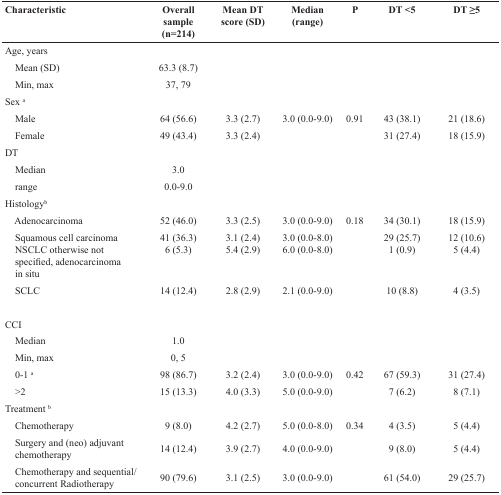
<table><thead><tr><td><b>Characteristic</b></td><td><b>Overall sample (n=214)</b></td><td><b>Mean DT score (SD)</b></td><td><b>Median (range)</b></td><td><b>P</b></td><td><b>DT &lt;5</b></td><td><b>DT ≥5</b></td></tr></thead><tbody><tr><td colspan="7">Age, years</td></tr><tr><td> Mean (SD)</td><td>63.3 (8.7)</td><td></td><td></td><td></td><td></td><td></td></tr><tr><td> Min, max</td><td>37, 79</td><td></td><td></td><td></td><td></td><td></td></tr><tr><td colspan="7">Sex <sup>a</sup></td></tr><tr><td> Male</td><td>64 (56.6)</td><td>3.3 (2.7)</td><td>3.0 (0.0-9.0)</td><td>0.91</td><td>43 (38.1)</td><td>21 (18.6)</td></tr><tr><td> Female</td><td>49 (43.4)</td><td>3.3 (2.4)</td><td></td><td></td><td>31 (27.4)</td><td>18 (15.9)</td></tr><tr><td colspan="7">DT</td></tr><tr><td> Median</td><td>3.0</td><td></td><td></td><td></td><td></td><td></td></tr><tr><td> range</td><td>0.0-9.0</td><td></td><td></td><td></td><td></td><td></td></tr><tr><td colspan="7">Histology<sup>b</sup></td></tr><tr><td> Adenocarcinoma</td><td>52 (46.0)</td><td>3.3 (2.5)</td><td>3.0 (0.0-9.0)</td><td>0.18</td><td>34 (30.1)</td><td>18 (15.9)</td></tr><tr><td> Squamous cell carcinoma NSCLC otherwise not specified, adenocarcinoma in situ</td><td>41 (36.3)6 (5.3)</td><td>3.1 (2.4)5.4 (2.9)</td><td>3.0 (0.0-8.0)6.0 (0.0-8.0)</td><td></td><td>29 (25.7)1 (0.9)</td><td>12 (10.6)5 (4.4)</td></tr><tr><td> SCLC</td><td>14 (12.4)</td><td>2.8 (2.9)</td><td>2.1 (0.0-9.0)</td><td></td><td>10 (8.8)</td><td>4 (3.5)</td></tr><tr><td colspan="7">CCI</td></tr><tr><td> Median</td><td>1.0</td><td></td><td></td><td></td><td></td><td></td></tr><tr><td> Min, max</td><td>0, 5</td><td></td><td></td><td></td><td></td><td></td></tr><tr><td> 0-1 <sup>a</sup></td><td>98 (86.7)</td><td>3.2 (2.4)</td><td>3.0 (0.0-9.0)</td><td>0.42</td><td>67 (59.3)</td><td>31 (27.4)</td></tr><tr><td> &gt;2</td><td>15 (13.3)</td><td>4.0 (3.3)</td><td>5.0 (0.0-9.0)</td><td></td><td>7 (6.2)</td><td>8 (7.1)</td></tr><tr><td colspan="7">Treatment <sup>b</sup></td></tr><tr><td> Chemotherapy</td><td>9 (8.0)</td><td>4.2 (2.7)</td><td>5.0 (0.0-8.0)</td><td>0.34</td><td>4 (3.5)</td><td>5 (4.4)</td></tr><tr><td> Surgery and (neo) adjuvant chemotherapy</td><td>14 (12.4)</td><td>3.9 (2.7)</td><td>4.0 (0.0-9.0)</td><td></td><td>9 (8.0)</td><td>5 (4.4)</td></tr><tr><td> Chemotherapy and sequential/concurrent Radiotherapy</td><td>90 (79.6)</td><td>3.1 (2.5)</td><td>3.0 (0.0-9.0)</td><td></td><td>61 (54.0)</td><td>29 (25.7)</td></tr></tbody></table>